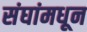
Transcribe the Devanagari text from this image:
संघांमधून